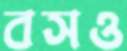
বসও